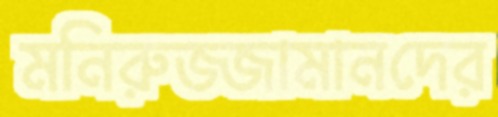
মনিরুজ্জামানদের